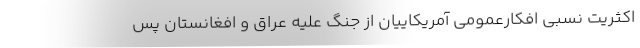
اکثریت نسبی افکارعمومی آمریکاییان از جنگ علیه عراق و افغانستان پس